Civil Veterinary Department Bihar reports 1940-50 - 1940-1950
Year: 1940
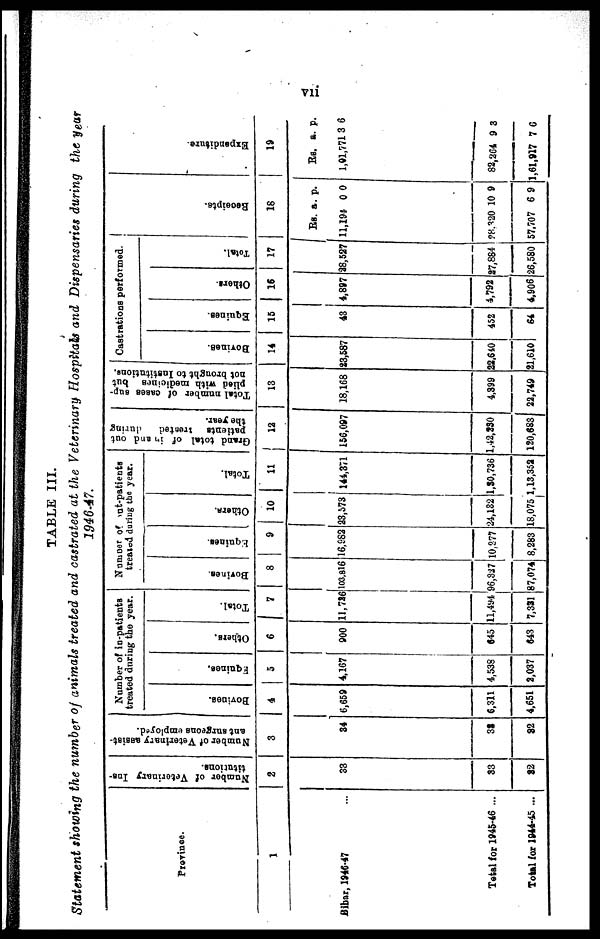
vii
TABLE III.
Statement showing the number of animals treated and castrated at the Veterinary Hospitals and Dispensaries during the year
1946-47.
Province.
1
Bihar, 1946-47 ...
Total for 1945-46 ...
+Total for 1944-45 ...
Number of Veterinary Ins-
titutions.
2
33
83
82
Number of Veterinary assist-
ant surgeons employed.
3
34
33
82
Number of in-patients
treated during the year.
Bovines.
4
6,659
6,311
4,651
Equines.
5
4,167
4,538
2,037
Others.
6
900
645
643
Total.
7
11,726
ll,4y4
7,331
Number of Out-patients
treated during the year.
Bovines.
8
103,816
96,337
87,074
Equines.
9
16,982
10,277
8,283
Others.
10
23,573
24,132
18,075
Total.
11
144,371
1,30,736
1,13,352
Grand total of in and out
patients treated
during
the year.
12
156,097
1,42,230
120,6831
Total number of cases sup-
plied with medicines but
not brought to Institutions.
13
18,168
4,399
22,749
Castrations performed.
Bovines.
14
23,587
22,640
21,610
Equines.
15
43
452
64
Others.
16
4,897
4,792
4,906
Total.
17
28,527
27,884
26,580
Receipts.
18
Rs.
11,194
28,320
57,707
a.
0
10
6
p.
0
9
9
Expe ndi t
ur e .
19
Rs.
1,91,771
82,264
1,61,917
a.
3
9
7
p.
6
3
6